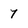
Character: 7